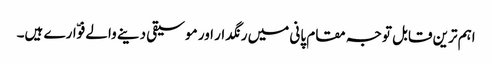
اہم ترین قابل توجہ مقام پانی میں رنگدار اور موسیقی دینے والے فوّارے ہیں۔